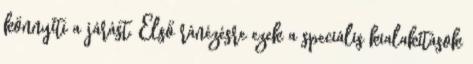
könnyíti a járást. Első ránézésre ezek a speciális kialakítások